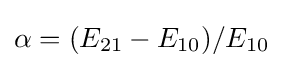
\alpha =(E_{21}-E_{10})/E_{10}